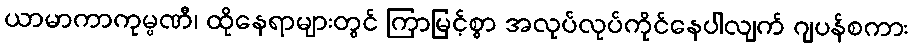
ယာမာကာကုမ္ပဏီ၊ ထိုနေရာများတွင် ကြာမြင့်စွာ အလုပ်လုပ်ကိုင်နေပါလျက် ဂျပန်စကား